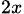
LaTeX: _{2x}